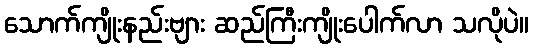
သောက်ကျိုးနည်းဗျား ဆည်ကြီးကျိုးပေါက်လာ သလိုပဲ။